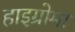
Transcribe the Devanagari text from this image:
हाइग्रोमा